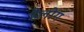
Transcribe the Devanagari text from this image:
हैलोग